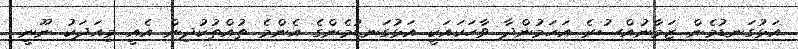
އަޅުގަނޑުމެން ޒަމާނުއްސުރެ އަހަމުންދާ ވާހަކައަކީ އަޅުގަނޑުމެންގެ އެންމެ ތުއްތުކުދިން އެއީ މިއަދަކު ނޫނީ